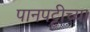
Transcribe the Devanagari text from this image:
पानपट्टीच्या